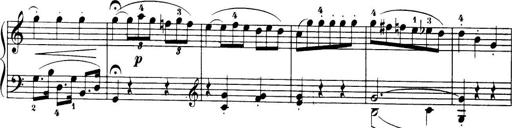
Title: 32 Sonatinas and Rondos for the Piano
Composer: Richard Kleinmichel